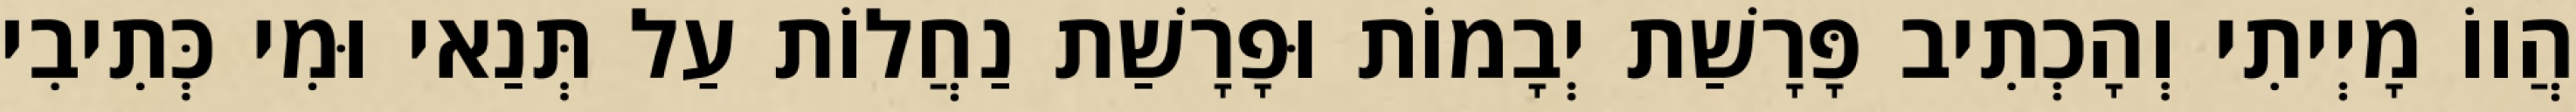
הֲווֹ מָיְיתִי וְהָכְתִיב פָּרָשַׁת יְבָמוֹת וּפָרָשַׁת נַחֲלוֹת עַל תְּנַאי וּמִי כְּתִיבִי